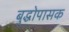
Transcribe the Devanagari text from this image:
बुद्धोपासक